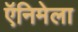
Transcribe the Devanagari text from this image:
ऍनिमेला